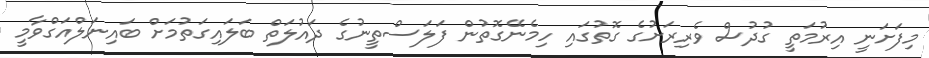
މިފަށަނީ އިރުމަތީ ގުދުސް ވެރިރަށުގެ ގޮތުގައި ހިމެނޭގޮތުން ފަލަސްތީނުގެ ދައުލަތް ބަލައިގަތުމަށް ބައިނަލްއަގްވާމީ